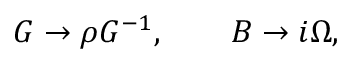
G \rightarrow \rho G ^ { - 1 } , \qquad B \rightarrow i \Omega ,